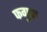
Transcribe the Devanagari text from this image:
फगुवा